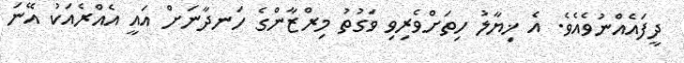
ދީފައެއްނުވެއެވެ. އެ ޚިޔާލު ހިތަށްވެރިވި ވަގުތު މިރްޒާންގެ ހަނދާނަށް އައީ އެއްރެއަކު އޭނަ